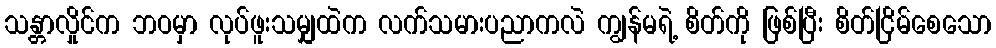
သန္တာလှိုင်က ဘဝမှာ လုပ်ဖူးသမျှထဲက လက်သမားပညာကလဲ ကျွန်မရဲ့ စိတ်ကို ဖြစ်ပြီး စိတ်ငြိမ်စေသော